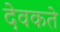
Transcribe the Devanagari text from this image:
देवकते